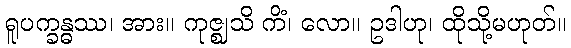
ရူပက္ခန္ဓဿ၊ အား။ ကုဇ္ဈသိ ကိံ၊ လော။ ဥဒါဟု၊ ထိုသို့မဟုတ်။